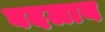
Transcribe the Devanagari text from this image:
बदलाय